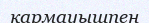
қармауышпен